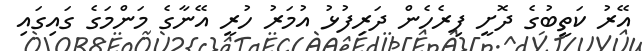
އޭރު ކަތީބުގެ ދޮށީ ފިރެހެން ދަރިފުޅު އުމަރު ހުރީ އޭނާގެ މަންމަގެ ގައިގައި